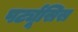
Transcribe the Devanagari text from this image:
पर्ट्यूसिस